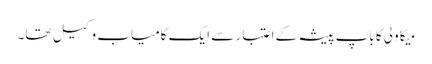
میکا ولی کا باپ پیشہ کے اعتبار سے ایک کامیاب وکیل تھا۔